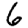
Digit: 6